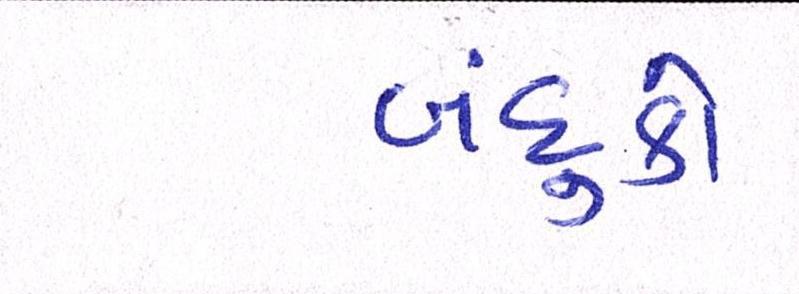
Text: બંદુકો